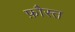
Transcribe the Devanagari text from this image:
फ़ौस्त